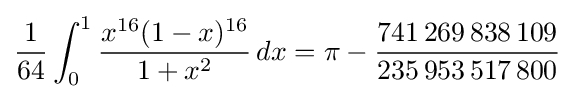
{\frac {1}{64}}\int _{0}^{1}{\frac {x^{16}(1-x)^{16}}{1+x^{2}}}\,dx=\pi -{\frac {741\,269\,838\,109}{235\,953\,517\,800}}